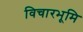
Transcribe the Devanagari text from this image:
विचारभूमि